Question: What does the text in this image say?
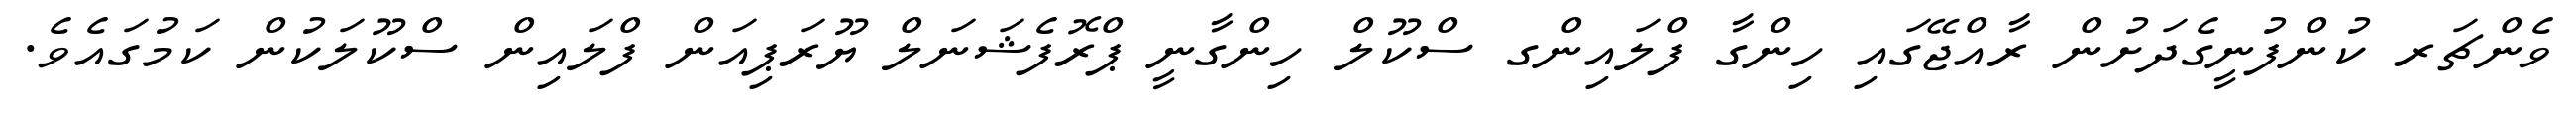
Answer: ވެންޗަރ ކުންފުނީގެދަށުން ރާއްޖޭގައި ހިންގާ ފްލައިންގ ސްކޫލް ހިންގާނީ ޕްރޮފެޝަނަލް ޔޫރަޕިއަން ފްލައިން ސްކޫލަކުން ކަމުގައެވެ.